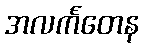
အလင်္ကတေန